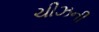
ચીઝની